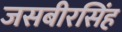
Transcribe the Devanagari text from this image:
जसबीरसिंह